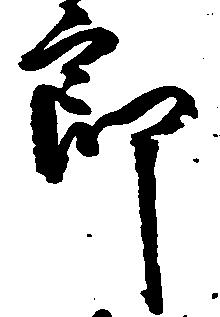
郎